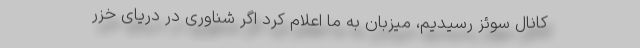
کانال سوئز رسیدیم، میزبان به ما اعلام کرد اگر شناوری در دریای خزر